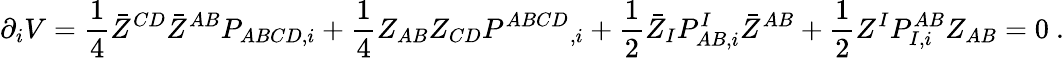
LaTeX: \partial_{i}V={\frac{1}{4}}\bar{Z}^{CD}\bar{Z}^{AB}P_{ABCD,i}+{\frac{1}{4}}Z_{AB}Z_{CD}P^{ABCD}{}_{,i}+{\frac{1}{2}}\bar{Z}_{I}P_{AB,i}^{I}\bar{Z}^{AB}+{\frac{1}{2}}Z^{I}P_{I,i}^{AB}Z_{AB}=0\ .